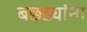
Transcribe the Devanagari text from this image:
बछड्यांना